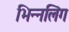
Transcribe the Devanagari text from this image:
भिन्नलिंग